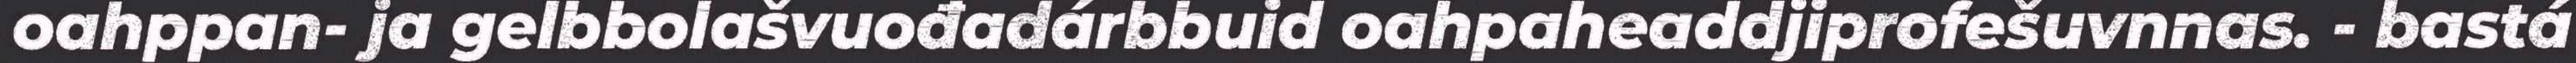
oahppan- ja gelbbolašvuođadárbbuid oahpaheaddjiprofešuvnnas. - bastá